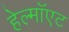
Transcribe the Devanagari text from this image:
हेल्मॉएट